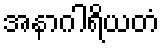
အနာဂါရိယတံ